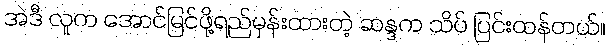
အဲဒီ လူက အောင်မြင်ဖို့ရည်မှန်းထားတဲ့ ဆန္ဒက သိပ် ပြင်းထန်တယ်။